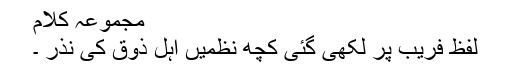
مجموعہ کلام
لفظ فریب پر لکھی گئی کچھ نظمیں اہل ذوق کی نذر ۔